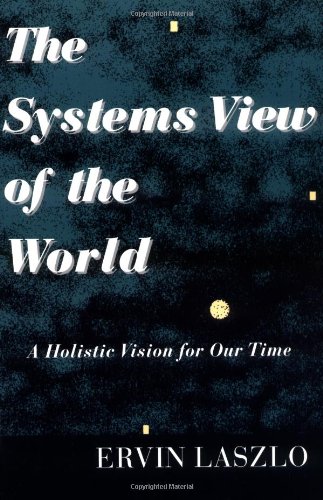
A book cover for The Systems View of the World: A Holistic Vision for Our Time (Advances in Systems Theory, Complexity, and the Human Sciences); Ervin Laszlo; Science & Math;